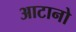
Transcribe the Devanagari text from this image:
आटानो